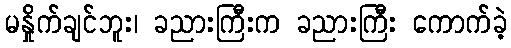
မနှိုက်ချင်ဘူး၊ ခညားကြီးက ခညားကြီး ကောက်ခဲ့